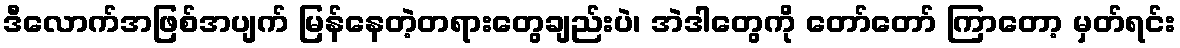
ဒီလောက်အဖြစ်အပျက် မြန်နေတဲ့တရားတွေချည်းပဲ၊ အဲဒါတွေကို တော်တော် ကြာတော့ မှတ်ရင်း